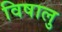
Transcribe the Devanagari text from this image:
विषालु